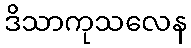
ဒိသာကုသလေန